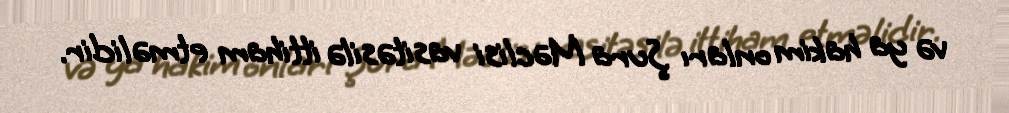
və ya hakim onları Şura Məclisi vasitəsilə ittiham etməlidir.